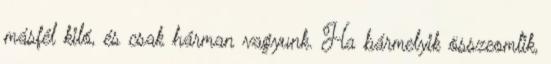
másfél kiló, és csak hárman vagyunk. Ha bármelyik összeomlik,